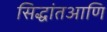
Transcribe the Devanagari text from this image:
सिद्धांतआणि